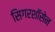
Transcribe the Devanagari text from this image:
सिगरशॉसेन